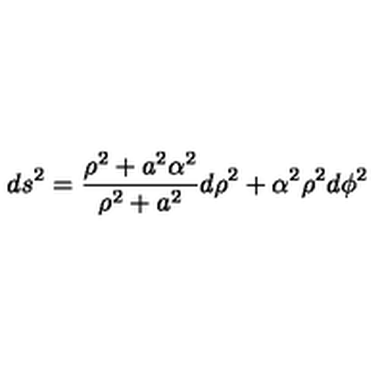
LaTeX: d s ^ { 2 } = { \frac { \rho ^ { 2 } + a ^ { 2 } \alpha ^ { 2 } } { \rho ^ { 2 } + a ^ { 2 } } } d \rho ^ { 2 } + \alpha ^ { 2 } \rho ^ { 2 } d \phi ^ { 2 }